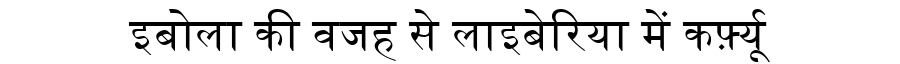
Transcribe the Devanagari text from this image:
इबोला की वजह से लाइबेरिया में कर्फ़्यू